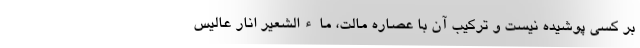
بر کسی پوشیده نیست و ترکیب آن با عصاره مالت، ماءالشعیر انار عالیس